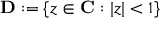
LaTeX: \mathbf { D } : = \{ z \in \mathbf { C } : | z | < 1 \}